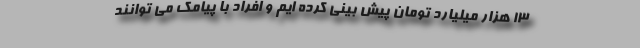
۱۳ هزار میلیارد تومان پیش بینی کرده ایم و افراد با پیامک می توانند